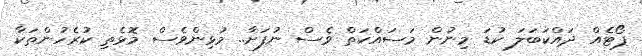
ޕޯޓެއް ދައްކަބަލަ ކުޑަ މިނުން މަސައްކަތް ވެސް ނުފަށާ.. މުޅިންވެސް މޮޅެތި ކުރެހުންތަކާ